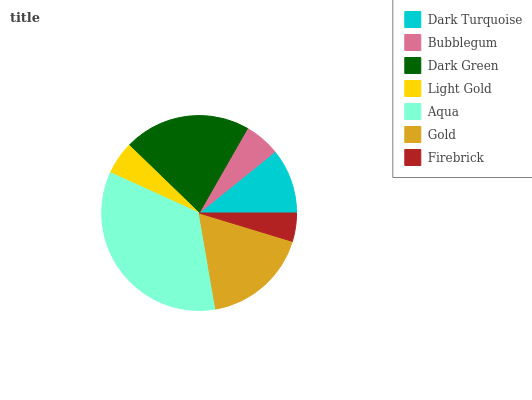
| Dark Turquoise | Bubblegum | Dark Green | Light Gold | Aqua | Gold | Firebrick |
 | --- | --- | --- | --- | --- | --- | --- |
 | 10.8% | 5.92% | 21% | 5.44% | 34.5% | 17.7% | 4.69% |